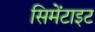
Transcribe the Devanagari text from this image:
सिमेंटाइट